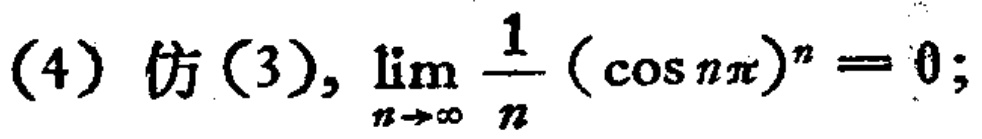
(4) 仿(3), $\lim_{n \to \infty} \frac{1}{n} (\cos n\pi)^n = 0$;